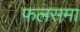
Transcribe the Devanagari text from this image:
फलसमा